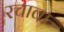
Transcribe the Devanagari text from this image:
रचावा